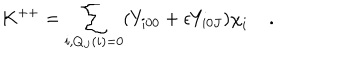
K ^ { + + } = \sum _ { i , Q _ { J } ( i ) = 0 } ( { Y } _ { i 0 0 } + \epsilon { Y } _ { i 0 J } ) { { \chi } } _ { i } \; .